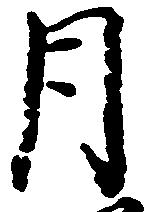
月